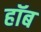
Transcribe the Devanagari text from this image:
हॉब